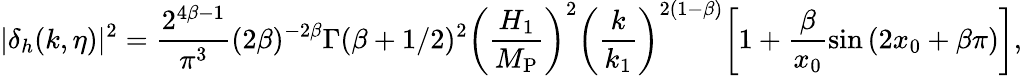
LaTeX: |\delta_{h}(k,\eta)|^{2}=\frac{2^{4\beta-1}}{\pi^{3}}(2\beta)^{-2\beta}\Gamma(\beta+1/2)^{2}\biggl(\frac{H_{1}}{M_{\mathrm{P}}}\biggr)^{2}\biggl(\frac{k}{k_{1}}\biggr)^{2(1-\beta)}\biggl[1+\frac{\beta}{x_{0}}\sin{(2x_{0}+\beta\pi)}\biggr],